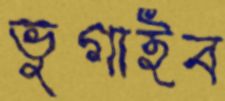
ভুগাইব